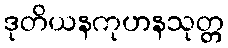
ဒုတိယနကုဟနသုတ္တ